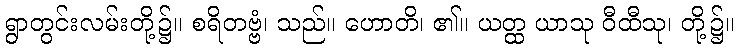
ရွာတွင်းလမ်းတို့၌။ စရိတဗ္ဗံ၊ သည်။ ဟောတိ၊ ၏။ ယတ္ထ ယာသု ဝီထီသု၊ တို့၌။